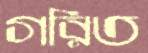
গরিত